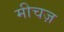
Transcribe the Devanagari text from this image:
मीचज़